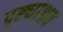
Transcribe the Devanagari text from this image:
दृष्ट्याश्रव